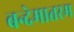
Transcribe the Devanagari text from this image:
बन्देमातरम